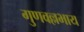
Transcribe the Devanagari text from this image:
गुणवल्लभाय